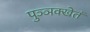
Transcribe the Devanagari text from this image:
पुञ्ञक्खेतं